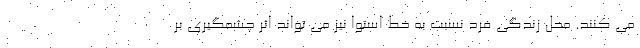
می کنند. محل زندگی فرد نسبت به خط استوا نیز می تواند اثر چشمگیری بر